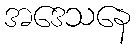
အဒေသနေ